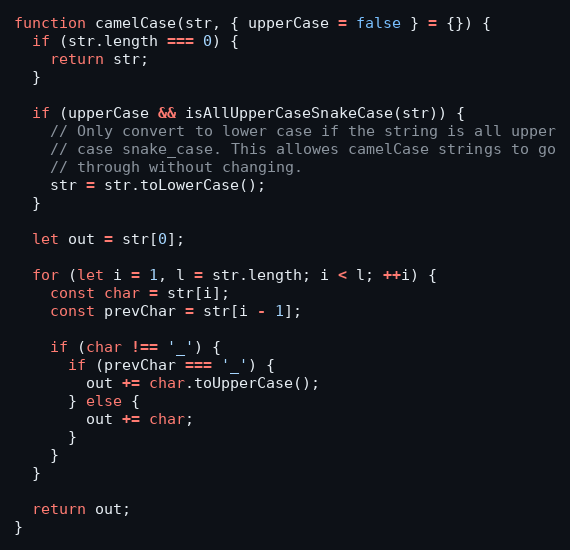
Language: JavaScript
function camelCase(str, { upperCase = false } = {}) {
  if (str.length === 0) {
    return str;
  }

  if (upperCase && isAllUpperCaseSnakeCase(str)) {
    // Only convert to lower case if the string is all upper
    // case snake_case. This allowes camelCase strings to go
    // through without changing.
    str = str.toLowerCase();
  }

  let out = str[0];

  for (let i = 1, l = str.length; i < l; ++i) {
    const char = str[i];
    const prevChar = str[i - 1];

    if (char !== '_') {
      if (prevChar === '_') {
        out += char.toUpperCase();
      } else {
        out += char;
      }
    }
  }

  return out;
}